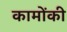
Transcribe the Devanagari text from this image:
कामोंकी